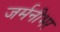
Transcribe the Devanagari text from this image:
जर्मनीभर